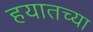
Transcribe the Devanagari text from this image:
हयातच्या